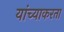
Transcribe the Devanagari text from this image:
यांच्याकरता